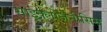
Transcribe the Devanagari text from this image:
साइक्लोजेनीसिस